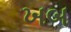
ખબ